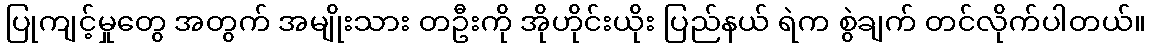
ပြုကျင့်မှုတွေ အတွက် အမျိုးသား တဦးကို အိုဟိုင်းယိုး ပြည်နယ် ရဲက စွဲချက် တင်လိုက်ပါတယ်။